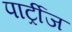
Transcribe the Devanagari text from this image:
पार्ट्रीज